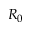
R _ { 0 }